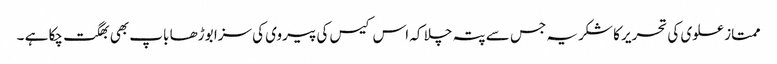
ممتاز علوی کی تحریر کا شکریہ جس سے پتہ چلا کہ اس کیس کی پیروی کی سزا بوڑھا باپ بھی بھگت چکا ہے ۔